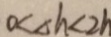
0 < \Delta h < 2 h